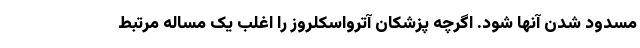
مسدود شدن آنها شود. اگرچه پزشکان آترواسکلروز را اغلب یک مساله مرتبط